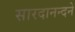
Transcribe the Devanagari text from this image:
सारदानन्दने